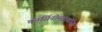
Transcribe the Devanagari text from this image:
कार्सिनोमब्रायोनिक